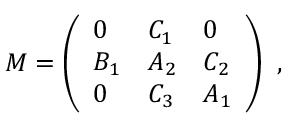
{ \cal M } = \left( \begin{array} { l l l } { { 0 } } & { { C _ { 1 } } } & { { 0 } } \\ { { B _ { 1 } } } & { { A _ { 2 } } } & { { C _ { 2 } } } \\ { { 0 } } & { { C _ { 3 } } } & { { A _ { 1 } } } \end{array} \right) ~ ,